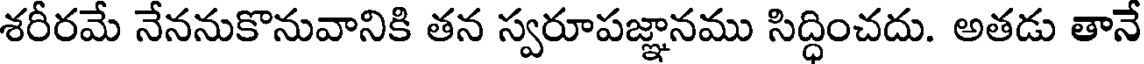
శరీరమే నేననుకొనువానికి తన స్వరూపజ్ఞానము సిద్ధించదు. అతడు తానే